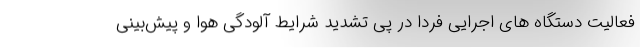
فعالیت دستگاه های اجرایی فردا در پی تشدید شرایط آلودگی هوا و پیش‌بینی